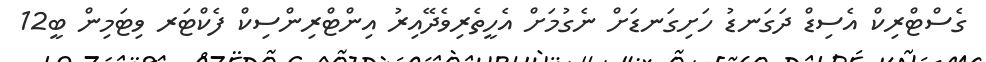
ގެސްޓްރިކް އެސިޑް ދަގަނޑު ހަށިގަނޑަށް ނެގުމަށް އެހީތެރިވެދޭއިރު އިންޓްރިންސިކް ފެކްޓަރ ވިޓަމިން ބީ12